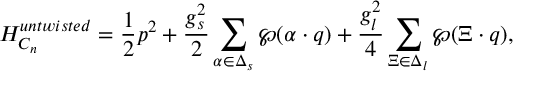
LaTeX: { \cal H } _ { C _ { n } } ^ { u n t w i s t e d } = { \frac { 1 } { 2 } } p ^ { 2 } + { \frac { g _ { s } ^ { 2 } } { 2 } } \sum _ { \alpha \in \Delta _ { s } } \wp ( \alpha \cdot q ) + { \frac { g _ { l } ^ { 2 } } { 4 } } \sum _ { \Xi \in \Delta _ { l } } \wp ( \Xi \cdot q ) ,